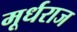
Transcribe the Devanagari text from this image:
मूर्धराज